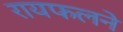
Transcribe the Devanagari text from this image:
रायफलने